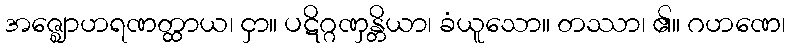
အဇ္ဈောဟရဏတ္ထာယ၊ ငှာ။ ပဋိဂ္ဂဏှန္တိယာ၊ ခံယူသော။ တဿာ၊ ၏။ ဂဟဏေ၊